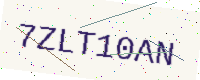
Text: 7ZLT10AN